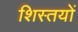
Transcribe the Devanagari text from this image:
शिस्तयों